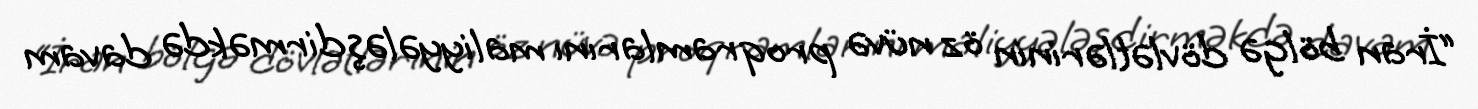
“İran bölgə dövlətlərinin öz nüvə proqramlarını maliyyələşdirməkdə davam